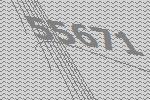
55671